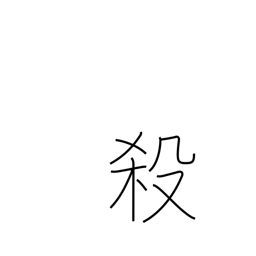
Meaning: butcher